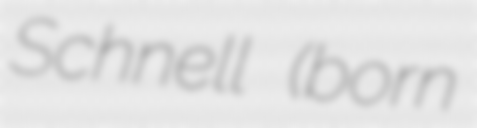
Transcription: Schnell (born